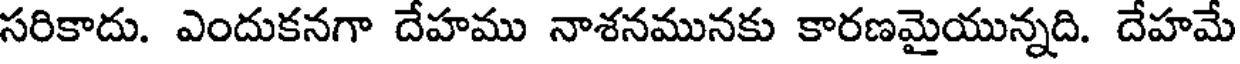
సరికాదు. ఎందుకనగా దేహము నాశనమునకు కారణమైయున్నది. దేహమే